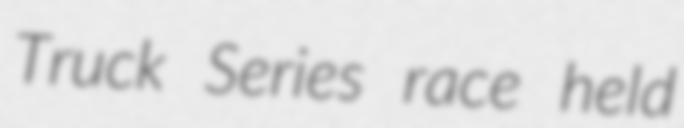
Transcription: Truck Series race held